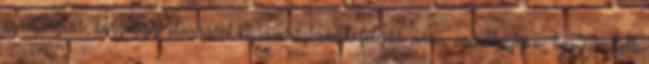
nyomasztás, borzasztó elvárásokat támasztanak feléjük arra vonatkozóan, hogyan kell